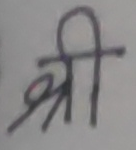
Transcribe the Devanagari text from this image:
श्री